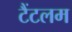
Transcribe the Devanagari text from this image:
टैंटलम